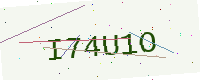
Text: I74U1O